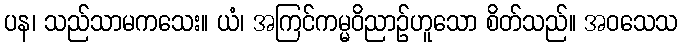
ပန၊ သည်သာမကသေး။ ယံ၊ အကြင်ကမ္မဝိညာဉ်ဟူသော စိတ်သည်။ အဝသေသ